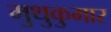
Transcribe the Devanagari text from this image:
मुथुकुमार